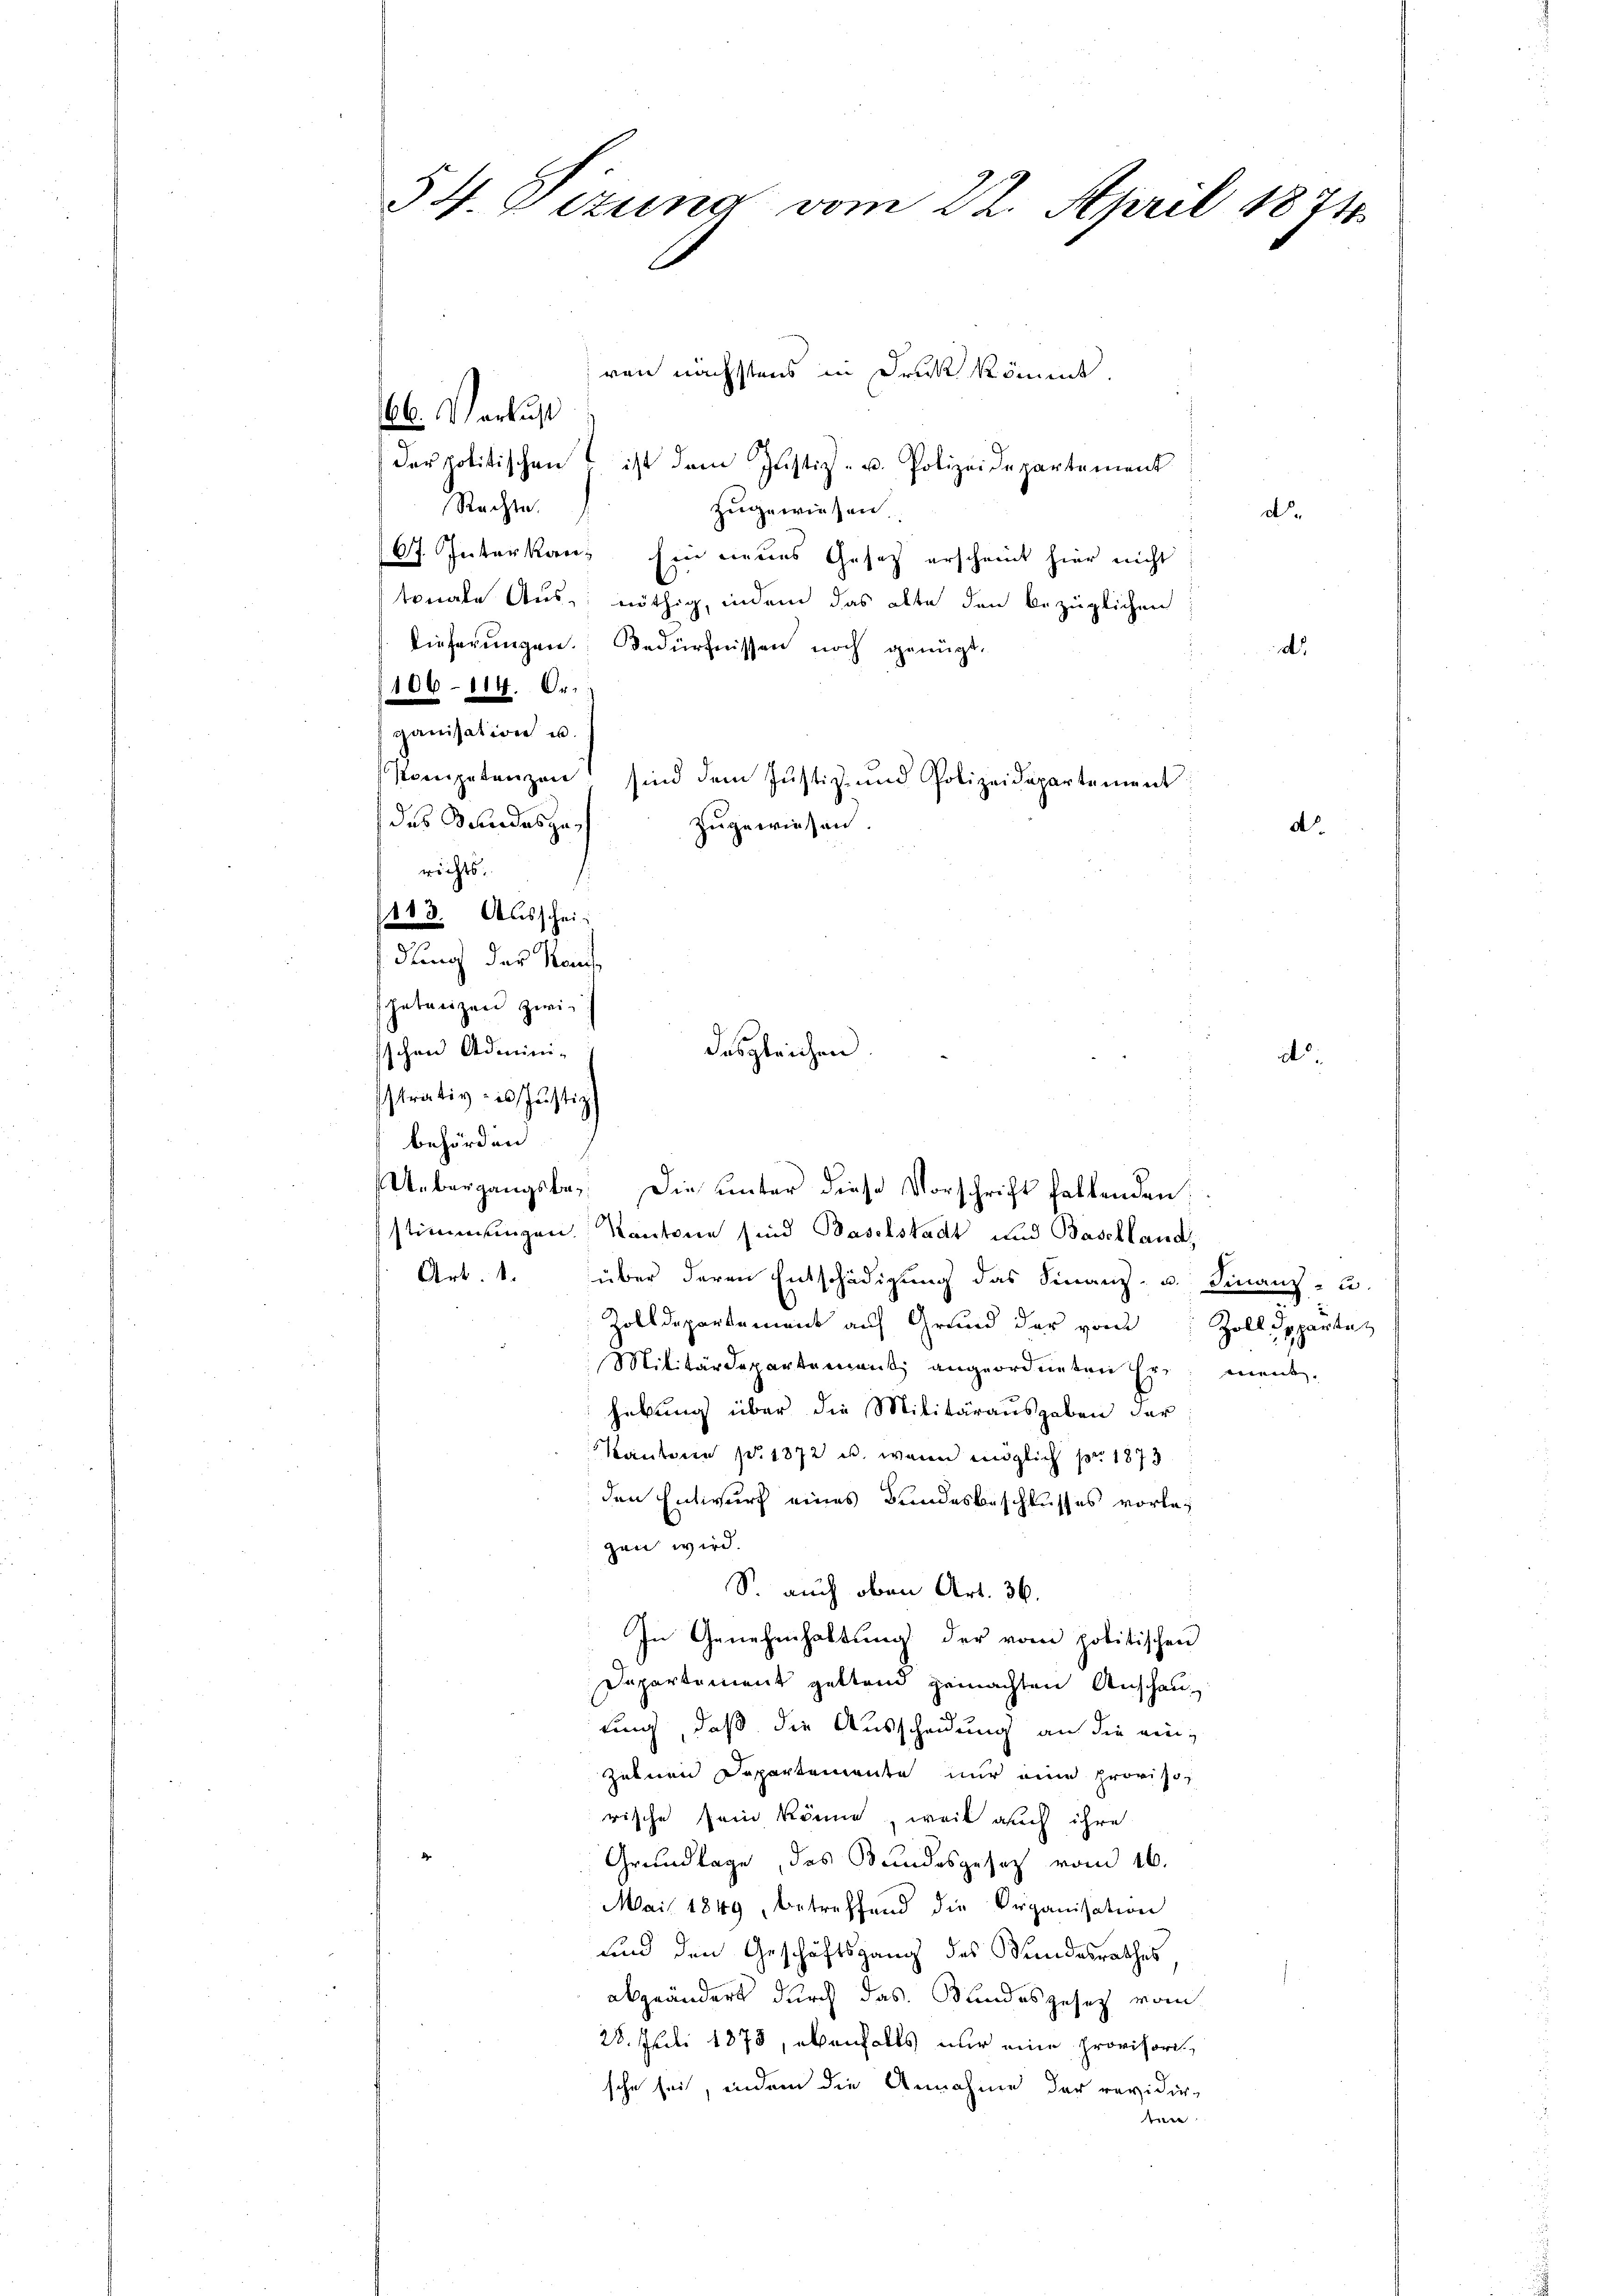
54. Eitung vom 22. April 1874

ven nächstens in Druck kömmt.
66. Verlust
derpolitischen ist dem Justiz- u. Polizeidepartement
Nachte
zugewiesen.
d.
67. Interkanz Ein neues Gesetz erscheint hier nicht
tonale Aus nöthig, indem das alte den bezüglichen
lieferungen. Bedürfnissen noch genügt,
d
106-114. Organisation u.
das Schindes zurichts.
dung des Kant
getanzen zwischen Admini-
strativ des Justiz
behörden.
Uebergangsbes. Die unter diese Vorschrift hattenden:
stimmungen. Kantone sind Baselstadt und Baschland
Art. 1. (über deren Entschädigung das Finanz- u. Finanz- u.
Zolldepartement auf Grund der von Zolldepartaz
Militärdepartement angeordneten Er ment.
hebung über die Militärausgaben der
Kantonen pr. 1872 u. wann möglich pr. 1873
den Entwurf eines Bundesbeschlusses vorleg
gen wird.
S. auch oben Art. 36.
In Genehmhaltung der vom politischen
Departement geltend gemachten Anschauuung, daß die Ausscheidung an die ein¬
Zubern Departemente nur eine provisorische sein könne, weil auch ihre

Grundlage, das Bundesgesetz vom 16.
Mai 1849, betreffend die Organisation
und den Geschäftsgang des Bundesrathes
abzuändert durch das Kundesgesetz vom
28. Juli 1878, ebenfalls nur eine provisori
sche sei, indem die Annahme der revidier-
.

113. Ausschei¬

dasgleichen.

Kompetenzen sind dem Justiz- und Polizeidepartement
zugewiesen.

d

d